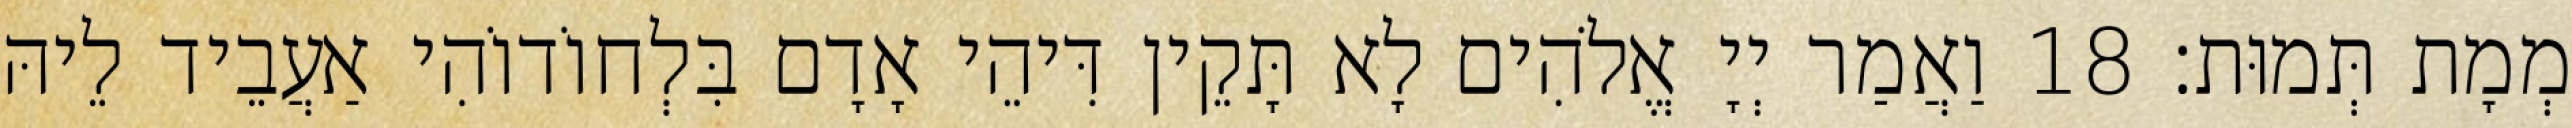
מְמָת תְּמוּת׃ 18 וַאֲמַר יְיָ אֱלֹהִים לָא תָּקֵין דִּיהֵי אָדָם בִּלְחוֹדוֹהִי אַעֲבֵיד לֵיהּ